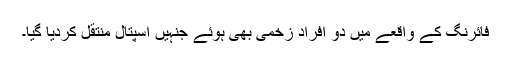
فائرنگ کے واقعے میں دو افراد زخمی بھی ہوئے جنہیں اسپتال منتقل کردیا گیا۔